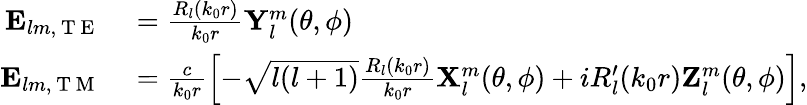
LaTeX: \begin{array}{rl}{\mathbf{E}_{lm,\mathrm{~T~E~}}}&{{}=\frac{R_{l}(k_{0}r)}{k_{0}r}\mathbf{Y}_{l}^{m}(\theta,\phi)}\\ {\mathbf{E}_{lm,\mathrm{~T~M~}}}&{{}=\frac{c}{k_{0}r}\left[-\sqrt{l(l+1)}\frac{R_{l}(k_{0}r)}{k_{0}r}\mathbf{X}_{l}^{m}(\theta,\phi)+iR_{l}^{\prime}(k_{0}r)\mathbf{Z}_{l}^{m}(\theta,\phi)\right],}\end{array}